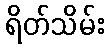
ရိတ်သိမ်း